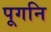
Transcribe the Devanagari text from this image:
पूगनि